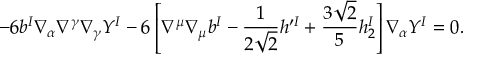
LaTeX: - 6 b ^ { I } \nabla _ { \alpha } \nabla ^ { \gamma } \nabla _ { \gamma } Y ^ { I } - 6 \left[ \nabla ^ { \mu } \nabla _ { \mu } b ^ { I } - \frac { 1 } { 2 \sqrt { 2 } } h ^ { \prime I } + \frac { 3 \sqrt { 2 } } { 5 } h _ { 2 } ^ { I } \right] \nabla _ { \alpha } Y ^ { I } = 0 .